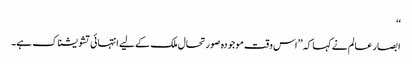
‘‘
ابصار عالم نے کہا کہ ’’اس وقت موجودہ صورتحال ملک کے لیے انتہائی تشویشناک ہے۔